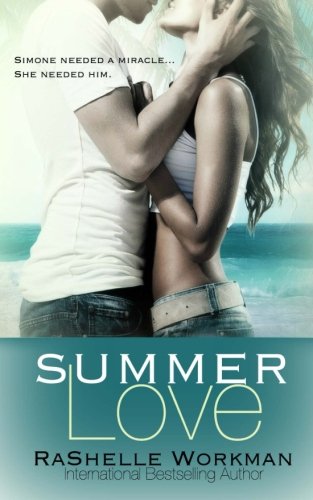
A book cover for Summer Love; RaShelle Workman; Romance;